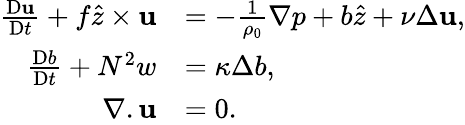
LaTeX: \begin{array}{rl}{\frac{\textnormal{D}\textbf{u}}{\textnormal{D}t}+f\hat{z}\times\textbf{u}}&{=-\frac{1}{\rho_{0}}\nabla p+b\hat{z}+\nu\Delta\textbf{u},}\\ {\frac{\textnormal{D}b}{\textnormal{D}t}+N^{2}w}&{=\kappa\Delta b,}\\ {\nabla.\textbf{u}}&{=0.}\end{array}